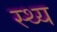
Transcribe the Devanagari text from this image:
स्थ्य